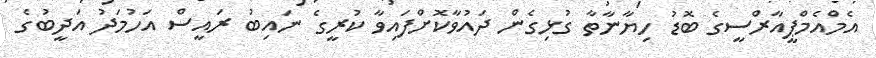
އެމްއެމްޕީއާރްސީގެ ބޮޑު ހިޔާނާތާ ގުޅިގެން ދައުވާކޮށްފައިވާ ކުރީގެ ނައިބު ރައީސް އަހުމަދު އަދީބުގެ